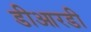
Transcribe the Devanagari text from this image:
डीआरडी